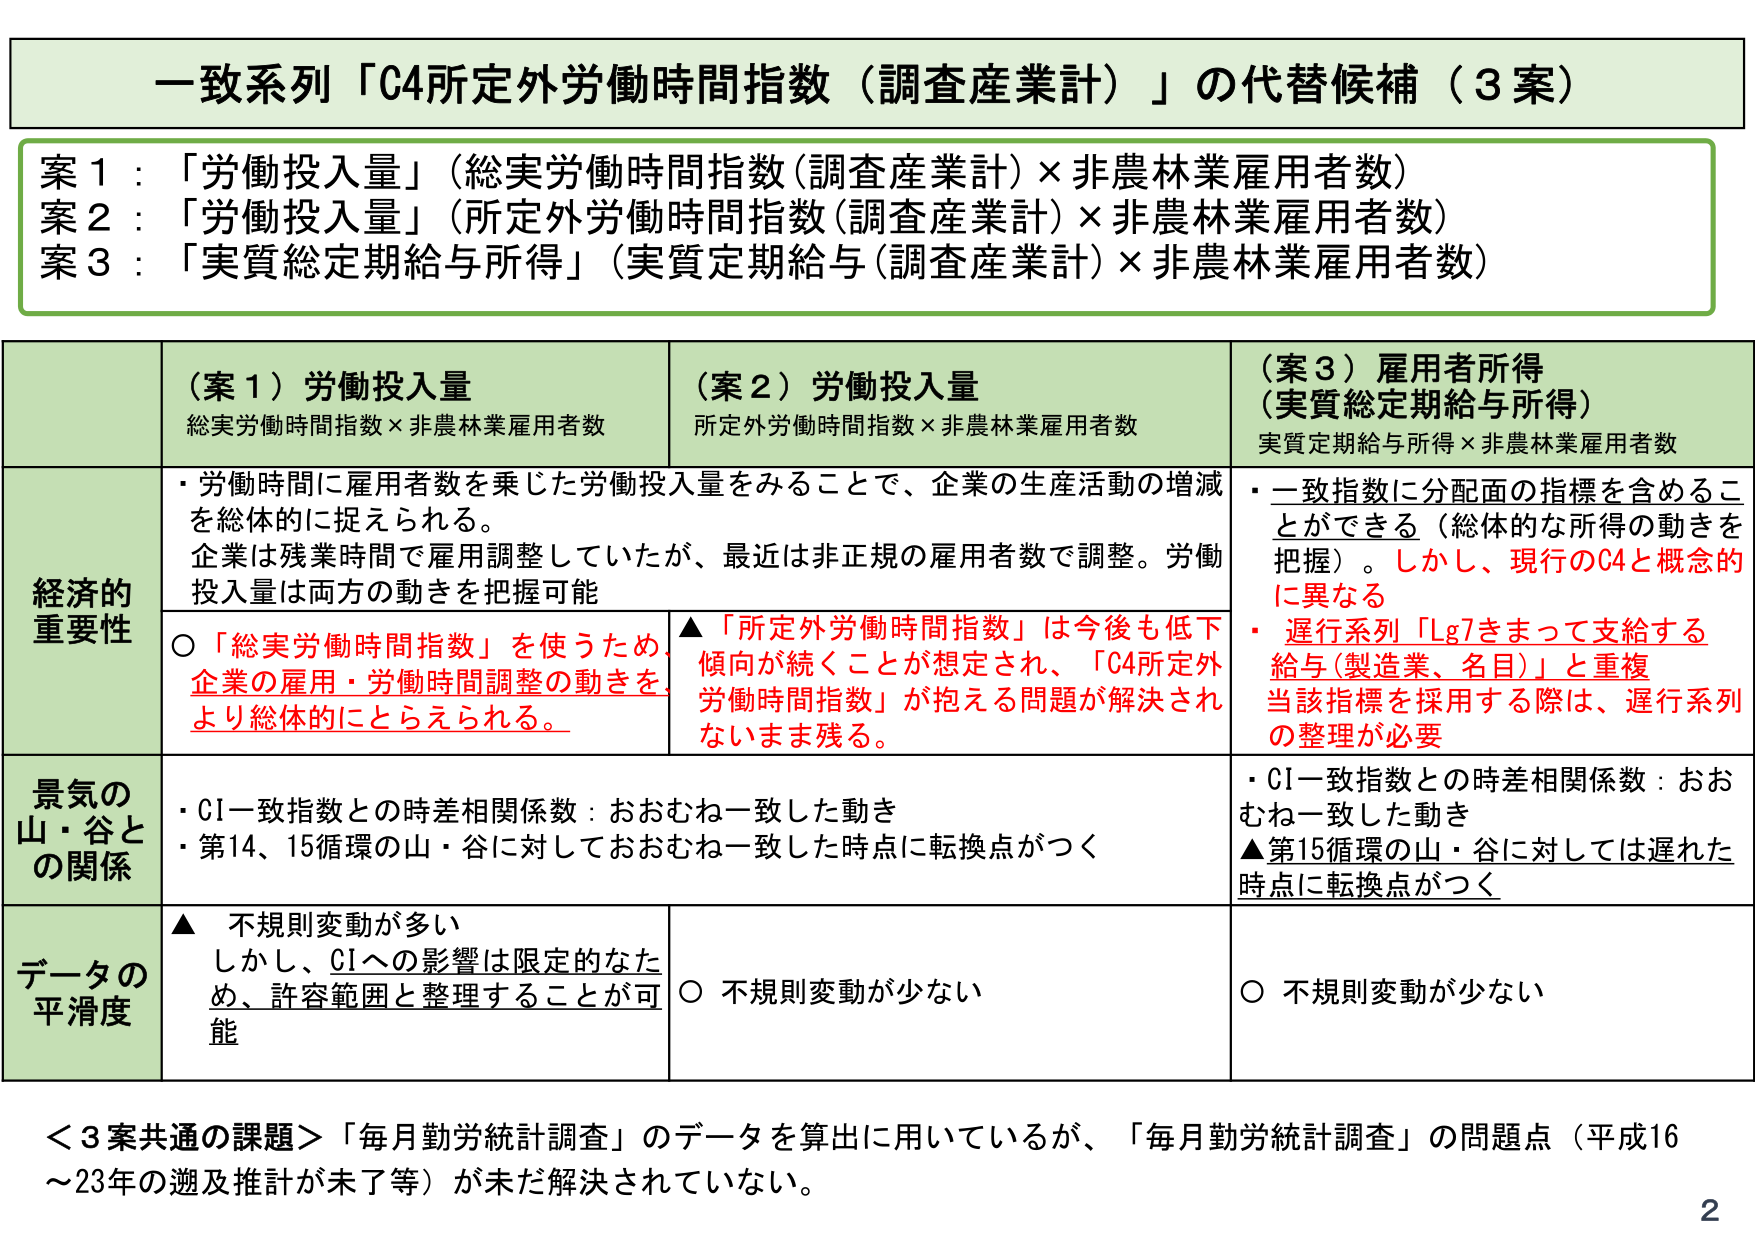
一致系列「C4所定外労働時間指数（調査産業計）」の代替候補（3案）

案1：「労働投入量」（総実労働時間指数（調査産業計）×非農林業雇用者数）
案2：「労働投入量」（所定外労働時間指数（調査産業計）×非農林業雇用者数）
案3：「実質総定期給与所得」（実質定期給与（調査産業計）×非農林業雇用者数）

（案1）労働投入量
総実労働時間指数×非農林業雇用者数

（案2）労働投入量
所定外労働時間指数×非農林業雇用者数

（案3）雇用者所得
（実質総定期給与所得）
実質定期給与所得×非農林業雇用者数

経済的重要性
・労働時間に雇用者数を乗じた労働投入量をみることで、企業の生産活動の増減を総体的に捉えられる。
企業は残業時間で雇用調整していたが、最近は非正規の雇用者数で調整。労働投入量は両方の動きを把握可能

○「総実労働時間指数」を使うため、企業の雇用・労働時間調整の動きをより総体的にとらえられる。

▲「所定外労働時間指数」は今後も低下傾向が続くことが想定され、「C4所定外労働時間指数」が抱える問題が解決されないまま残る。

・一致指数に分配面の指標を含めることができる（総体的な所得の動きを把握）。しかし、現行のC4と概念的に異なる
・遅行系列「Lg7をまって支給する給与（製造業、名目）」と重複
当該指標を採用する際は、遅行系列の整理が必要

景気の山・谷との関係
・CI一致指数との時差相関係数：おおむね一致した動き
・第14、15循環の山・谷に対しておおむね一致した時点に転換点がつく

・CI一致指数との時差相関係数：おおむね一致した動き
▲第15循環の山・谷に対しては遅れた時点に転換点がつく

データの平滑度
▲不規則変動が多い
しかし、CIへの影響は限定的なため、許容範囲と整理することが可能

○不規則変動が少ない

○不規則変動が少ない

＜3案共通の課題＞「毎月勤労統計調査」のデータを算出に用いているが、「毎月勤労統計調査」の問題点（平成16～23年の遡及推計が未了等）が未だ解決されていない。

2